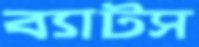
ব্যাটস